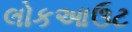
લોકઆઉટ